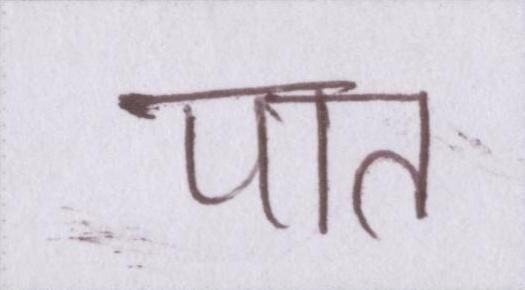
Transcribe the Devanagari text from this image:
पात